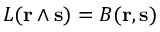
L ( \mathbf { r } \wedge \mathbf { s } ) = B ( \mathbf { r } , \mathbf { s } )